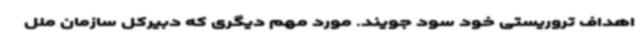
اهداف تروریستی خود سود جویند. مورد مهم دیگری که دبیرکل سازمان ملل